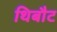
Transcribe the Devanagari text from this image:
थिबौट